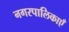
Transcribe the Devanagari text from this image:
नगरपालिकाएँ